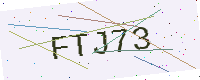
Text: FTJ73